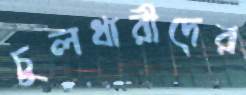
চুলধারীদের